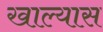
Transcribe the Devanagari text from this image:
खाल्यास